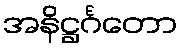
အနိဋ္ဌင်္ဂတော